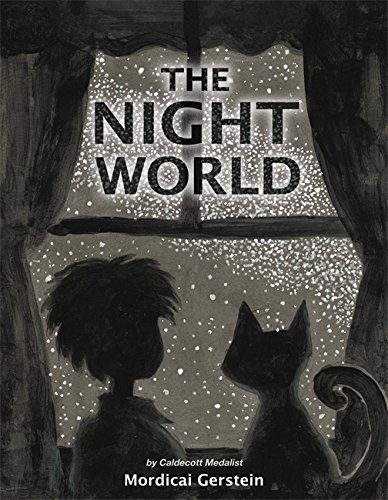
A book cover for The Night World; Mordicai Gerstein; Children's Books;